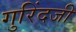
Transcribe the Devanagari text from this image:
गुरिंदजी